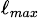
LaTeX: _{\ell_{max}}